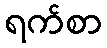
ရက်စာ